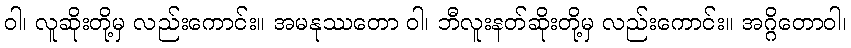
ဝါ၊ လူဆိုးတို့မှ လည်းကောင်း။ အမနုဿတော ဝါ၊ ဘီလူးနတ်ဆိုးတို့မှ လည်းကောင်း။ အဂ္ဂိတောဝါ၊